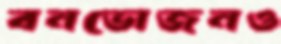
বনভোজনও